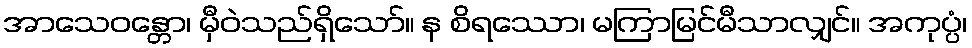
အာသေဝန္တော၊ မှီဝဲသည်ရှိသော်။ န စိရဿော၊ မကြာမြင်မီသာလျှင်။ အကုပ္ပံ၊